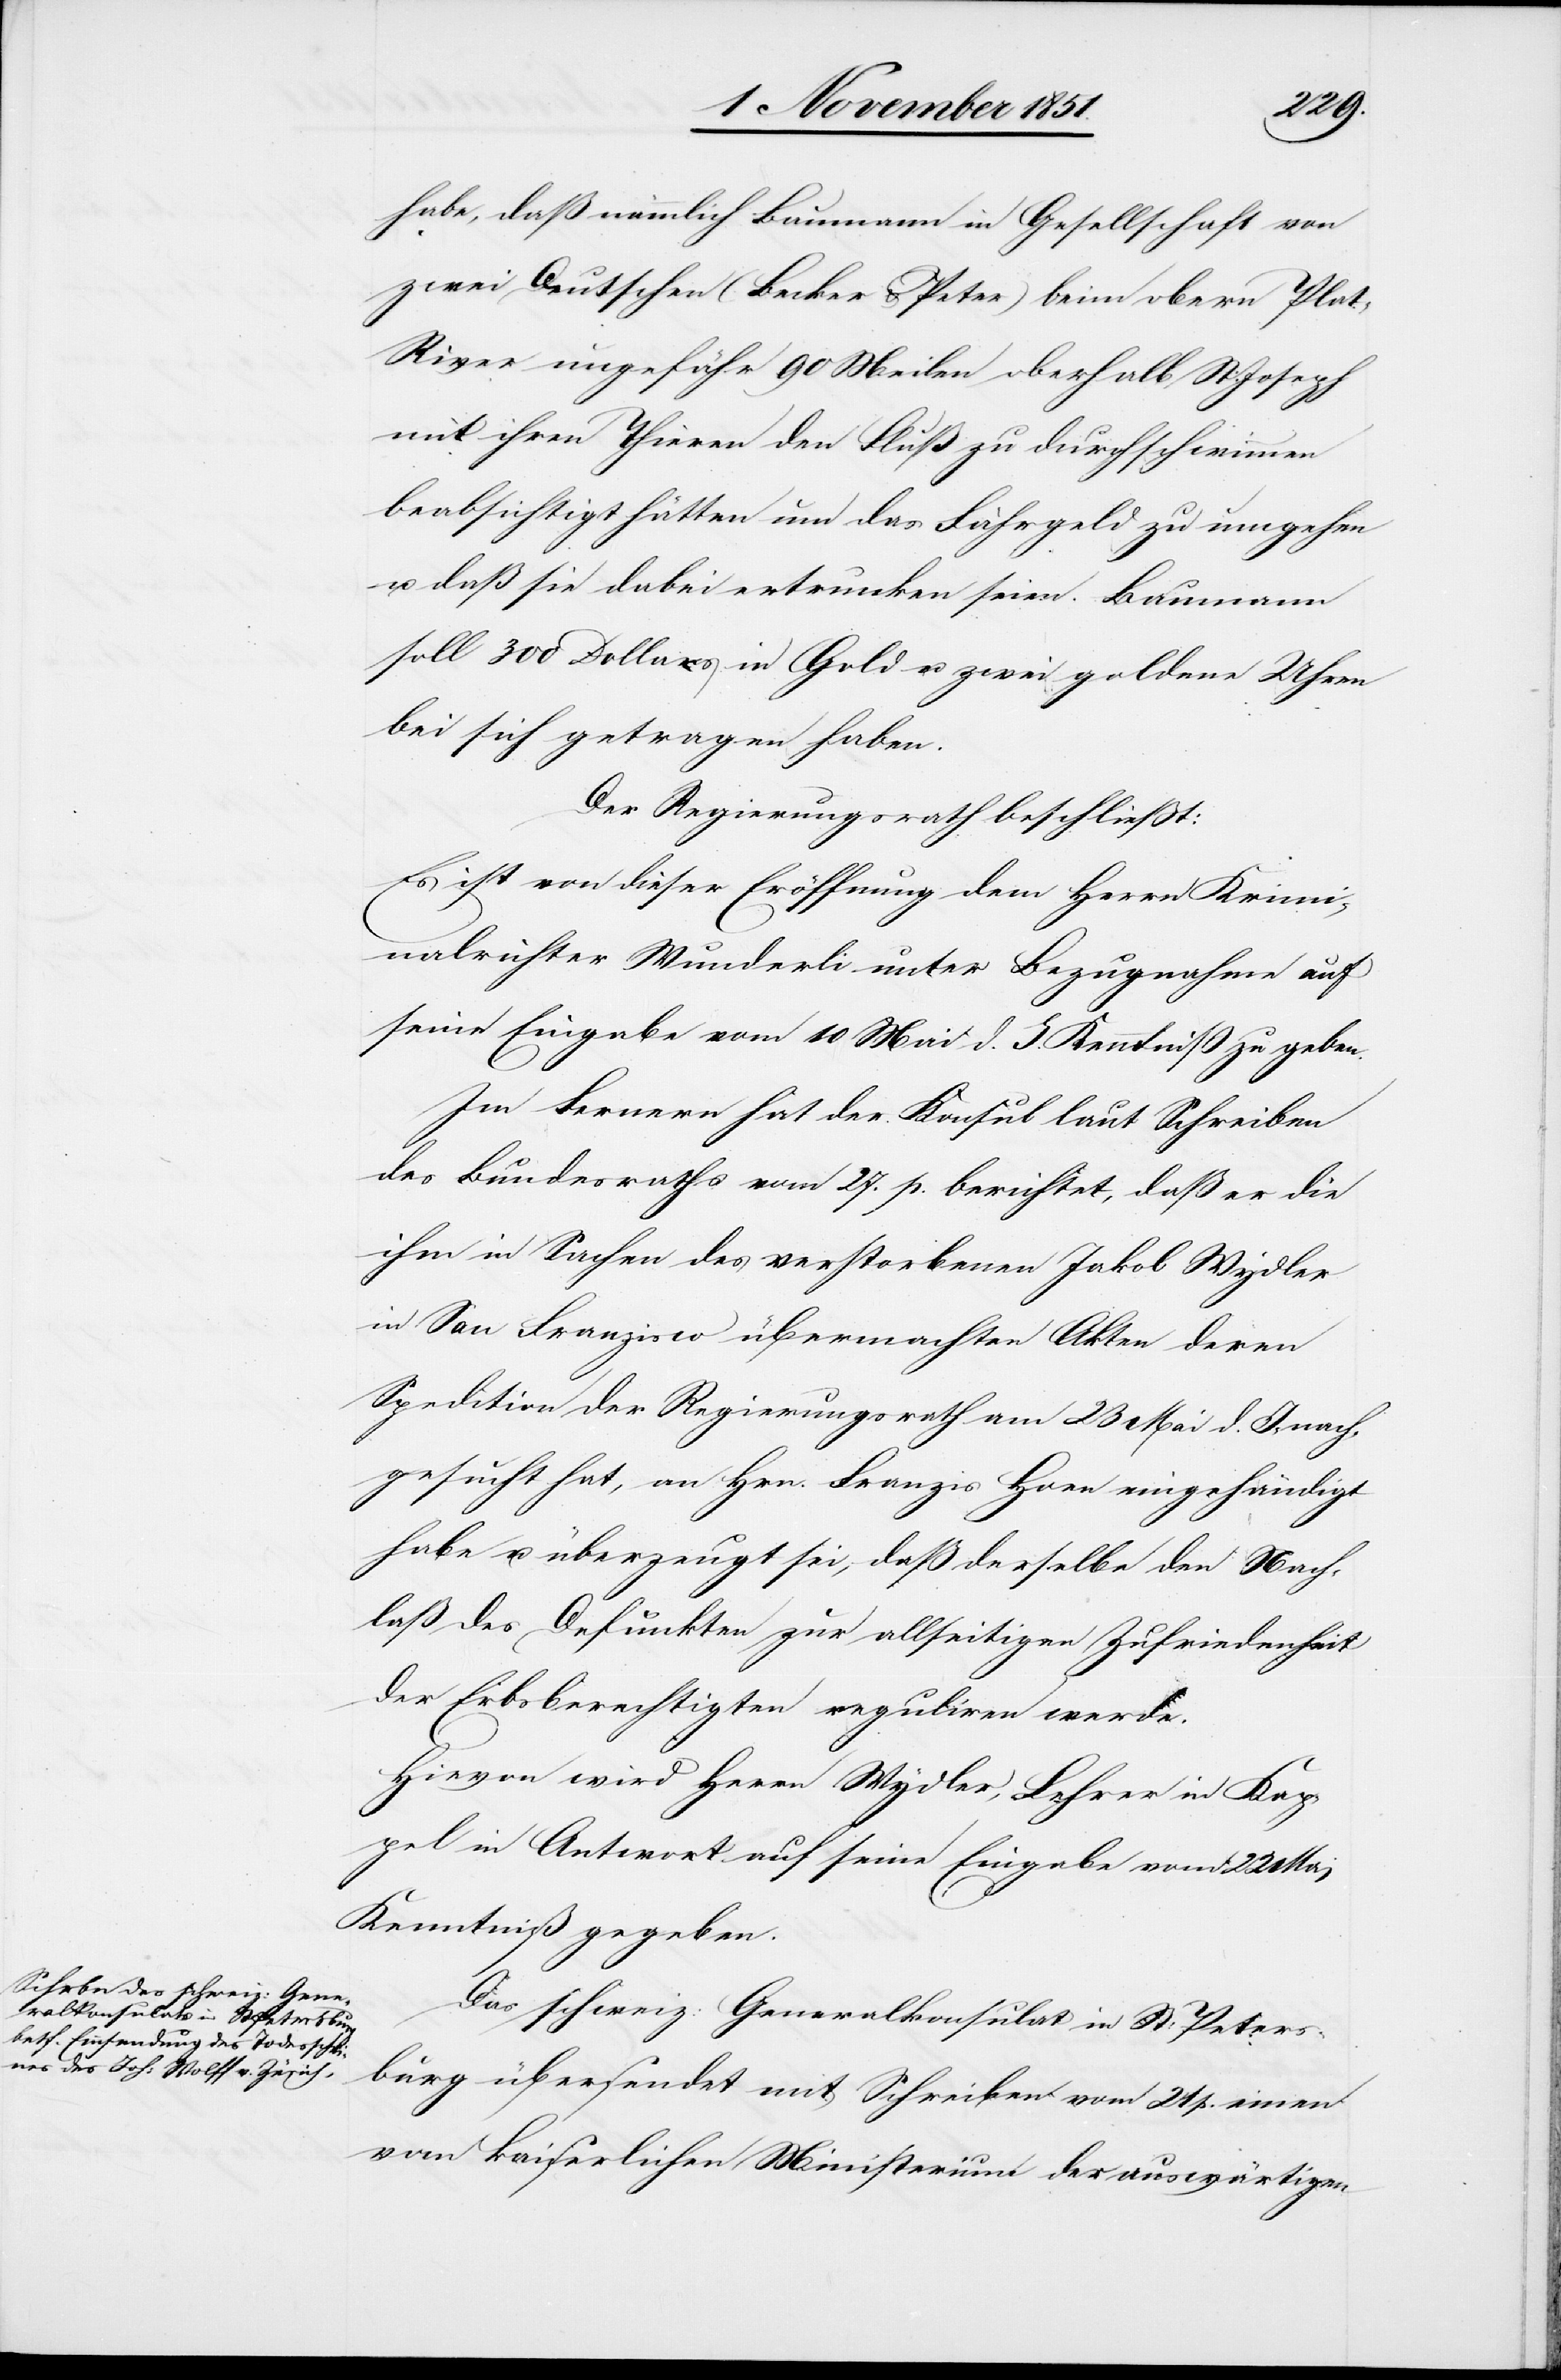
habe, daß nämlich Baumann in Gesellschaft von
zwei Deutschen (Becker & Peter) beim obern Pla¬
t-River ungefähr 90 Meilen oberhalb St. Joseph
mit ihren Thieren den Fluß zu durchschwimmen
beabsichtigt hätten um das Fährgeld zu umgehen
u. daß sie dabei ertrunken seien. Baumann
soll 300 Dollars in Gold u. zwei goldene Uhren
bei sich getragen haben.
Der Regierungsrath beschließt:
Es ist von dieser Eröffnung dem Herrn Krimi¬
nalrichter Wunderli unter Bezugnahme auf
seine Eingabe vom 10 Mai d. J. Kenntniß zu geben.
Im Fernern hat der Konsul laut Schreiben
des Bundesraths vom 27. p. berichtet, daß er die
ihm in Sachen des verstorbenen Jakob Wydler
in San Franzisco übermachten Akten deren
Spedition der Regierungsrath am 23 Mai d. J. nach¬
gesucht hat, an Hrn. Franzis Hoen eingehändigt
habe u. überzeugt sei, daß derselbe den Nach¬
laß des Defunkten zur allseitigen Zufriedenheit
der Erbsberechtigten reguliren werde.
Hievon wird Herrn Wydler, Lehrer in Kap¬
pel in Antwort auf seine Eingabe vom 22 Mai
Kenntniß gegeben.
Das schweiz: Generalkonsulat in St: Peters¬
burg übersendet mit Schreiben vom 21 p. einen
vom kaiserlichen Ministerium der auswärtigen